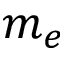
m _ { e }